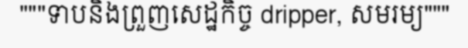
"""ទាបនិងព្រួញសេដ្ឋកិច្ច dripper, សមរម្យ"""